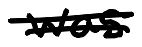
Text: was
Cross-out: mix
Writing tool: digital_black